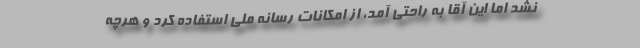
نشد اما این آقا به راحتی آمد، از امکانات رسانه ملی استفاده کرد و هرچه